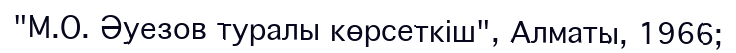
"М.О. Әуезов туралы көрсеткіш", Алматы, 1966;